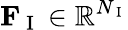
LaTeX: \mathbf{F}_{\mathrm{~I~}}\in\mathbb{R}^{N_{\mathrm{~I~}}}